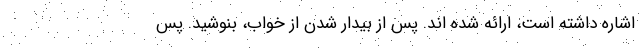
اشاره داشته است، ارائه شده اند. پس از بیدار شدن از خواب، بنوشید. پس